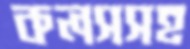
কলসসহ